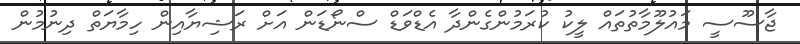
ޖާސޫސީ މައުލޫމާތުތައް ލީކު ކުރަމުންގެންދާ އެޑްވަޑް ސްނޯޑަން އަށް ރަޝިޔާއިން ހިމާޔަތް ދިނުމުން